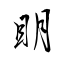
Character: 眀